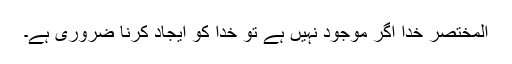
المختصر خدا اگر موجود نہیں ہے تو خدا کو ایجاد کرنا ضروری ہے۔